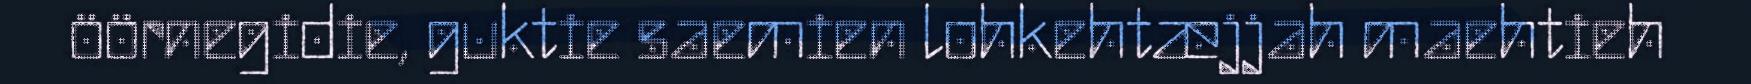
öörnegidie, guktie saemien lohkehtæjjah maehtieh